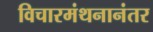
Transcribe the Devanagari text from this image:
विचारमंथनानंतर